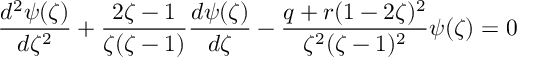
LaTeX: \frac { d ^ { 2 } \psi ( \zeta ) } { d \zeta ^ { 2 } } + \frac { 2 \zeta - 1 } { \zeta ( \zeta - 1 ) } \frac { d \psi ( \zeta ) } { d \zeta } - \frac { q + r ( 1 - 2 \zeta ) ^ { 2 } } { \zeta ^ { 2 } ( \zeta - 1 ) ^ { 2 } } \psi ( \zeta ) = 0